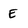
Character: E